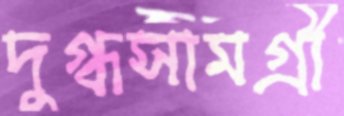
দুগ্ধসামগ্রী